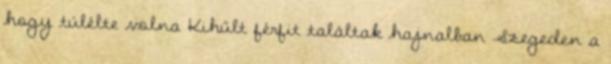
hogy túlélte volna Kihűlt férfit találtak hajnalban Szegeden a